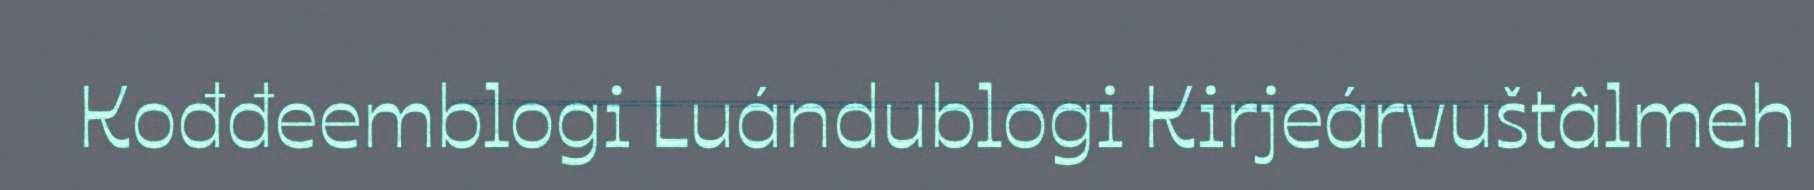
Kođđeemblogi Luándublogi Kirjeárvuštâlmeh